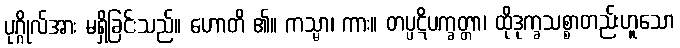
ပုဂ္ဂိုလ်အား မရှိခြင်းသည်။ ဟောတိ ၏။ ကသ္မာ၊ ကား။ တပ္ပဋိပက္ခတ္တာ၊ ထိုဒုက္ခသစ္စာတည်းဟူသော